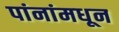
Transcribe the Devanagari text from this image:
पांनांमधून